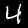
Digit: 4